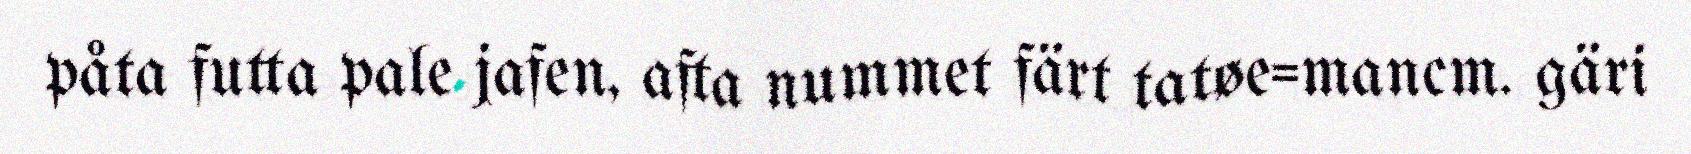
påta futta pale jafen, afta nummet färt tatøe=mancm. gäri